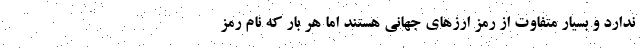
ندارد و بسیار متفاوت از رمز ارزهای جهانی هستند اما هر بار که نام رمز